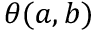
\theta ( { \boldsymbol { a } } , { \boldsymbol { b } } )